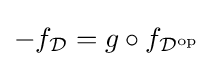
-f_{\mathcal {D}}=g\circ f_{{\mathcal {D}}^{\operatorname {op} }}